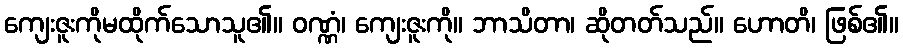
ကျေးဇူးကိုမထိုက်သောသူ၏။ ဝဏ္ဏံ၊ ကျေးဇူးကို။ ဘာသိတာ၊ ဆိုတတ်သည်။ ဟောတိ၊ ဖြစ်၏။